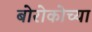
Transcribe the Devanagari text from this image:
बोरोकोच्या